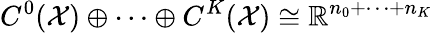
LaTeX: C^{0}(\mathcal{X})\oplus\dots\oplus C^{K}(\mathcal{X})\cong\mathbb{R}^{n_{0}+\dots+n_{K}}